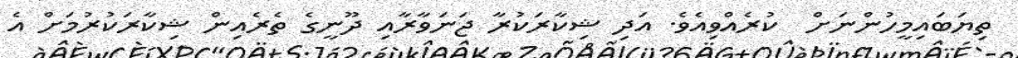
ތިޔަބައިމީހުންނަށް  ކުރެއްވިއެވެ. އަދި ޝިކާރަކުރާ ޖަނަވާރާއި ދޫނީގެ ތެރެއިން ޝިކާރަކުރުމަށް އެ